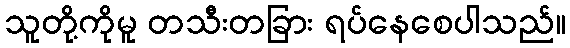
သူတို့ကိုမူ တသီးတခြား ရပ်နေစေပါသည်။